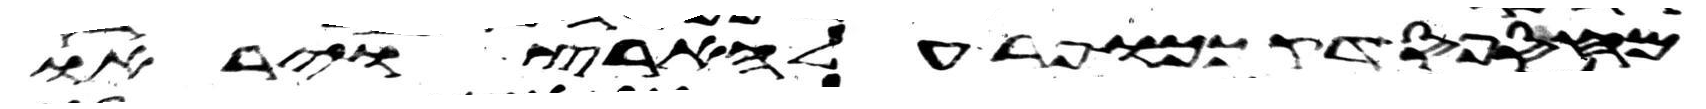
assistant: מחספס דק ככופר על הארץ ויראו